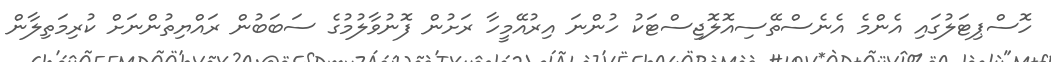
ހޮސްޕިޓަލުގައި އެންމެ އެނެސްތޭސިއޮލޮޖިސްޓަކު ހުންނަ އިރުއޭމީހާ ރަށުން ފޮނުވާލުމުގެ ސަބަބުން ރައްޔިތުންނަށް ކުރިމަތިލާން